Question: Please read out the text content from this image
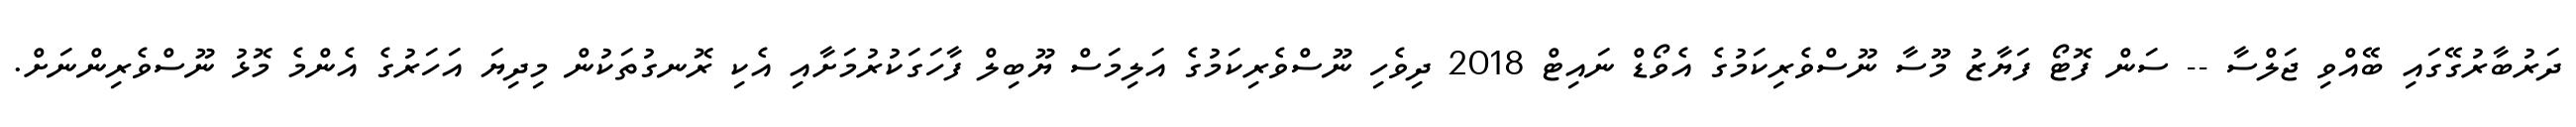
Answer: ދަރުބާރުގޭގައި ބޭއްވި ޖަލްސާ -- ސަން ފޮޓޯ ފަޔާޒު މޫސާ ނޫސްވެރިކަމުގެ އެވޯޑް ނައިޓް 2018 ދިވެހި ނޫސްވެރިކަމުގެ އަލިމަސް ޔޫބިލް ފާހަގަކުރުމަށާއި އެކި ރޮނގުތަކުން މިދިޔަ އަހަރުގެ އެންމެ މޮޅު ނޫސްވެރިންނަށް.